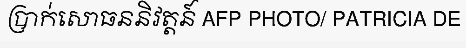
ប្រាក់សោធននិវត្តន៍ AFP PHOTO/ PATRICIA DE